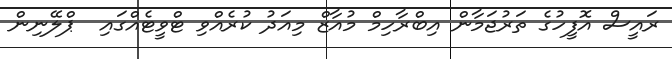
ރައީސް އޮފީހުގެ ތަރުޖަމާން އިބްރާހިމް މުއާޒް މިއަދު ކުރެއްވި ޓްވީޓެއްގައި  ޕްލޭނިން